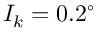
I _ { k } = 0 . 2 ^ { \circ }